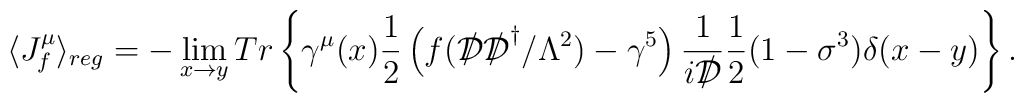
\langle J^{\mu}_f \rangle_{reg}=- \lim_{x \rightarrow y}Tr\left\{\gamma^\mu(x)\frac{1}{2}\left(f({{\cal D}\kern-0.15em\raise0.17ex\llap{/}\kern0.15em\relax}{{\cal D}\kern-0.15em\raise0.17ex\llap{/}\kern0.15em\relax}^\dagger/\Lambda^2)-\gamma^5\right)\frac{1}{i{{\cal D}\kern-0.15em\raise0.17ex\llap{/}\kern0.15em\relax}}\frac{1}{2}(1-\sigma^3)\delta(x-y)\right\}.